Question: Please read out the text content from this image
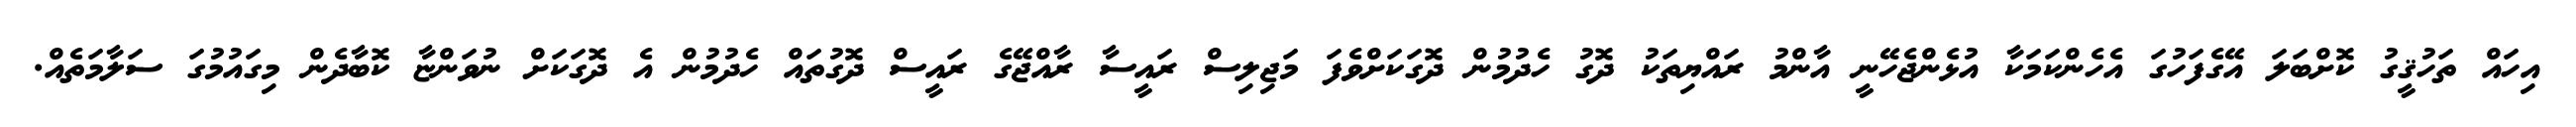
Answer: އިހައް ތަހުޤީގު ކޮށްބަލަ އޭގެފަހުގަ އެހެންކަމަކާ އުޅެންޖެހޭނީ އާންމު ރައްޔިތަކު ދޮގު ހެދުމުން ދޮގަކަށްވެފަ މަޖިލިސް ރައީސާ ރާއްޖޭގެ ރައީސް ދޮގުތައް ހެދުމުން އެ ދޮގަކަށް ނުވަންޏާ ކޮބާދެން މިގައުމުގަ ސަލާމަތެއް.